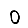
Digit: 0